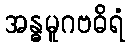
အန္ဓမူဂဗဓိရံ